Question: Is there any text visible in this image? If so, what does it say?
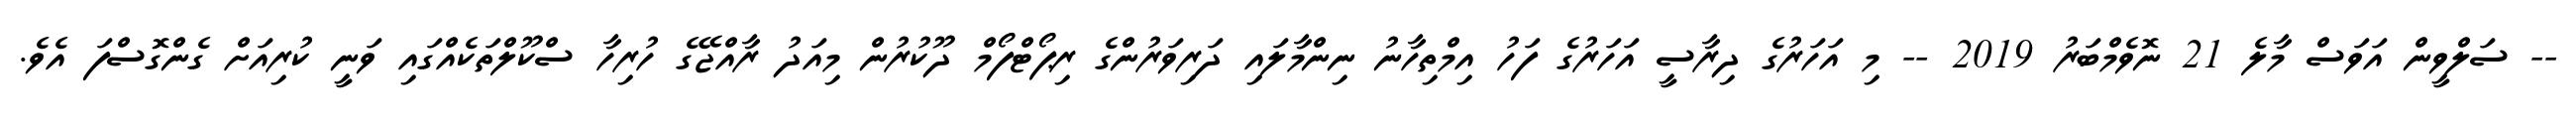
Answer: -- ސަލްވީން އަވަސް މާލެ 21 ނޮވެމްބަރު 2019 -- މި އަހަރުގެ ދިރާސީ އަހަރުގެ ފަހު އިމްތިހާނު ނިންމާލައި ދަރިވަރުންގެ ރިޕޯޓްފޯމް ދޫކުރުން މިއަދު ރާއްޖޭގެ ހުރިހާ ސްކޫލްތަކެއްގައި ވަނީ ކުރިއަށް ގެންގޮސްފަ އެވެ.